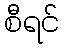
စီရင်